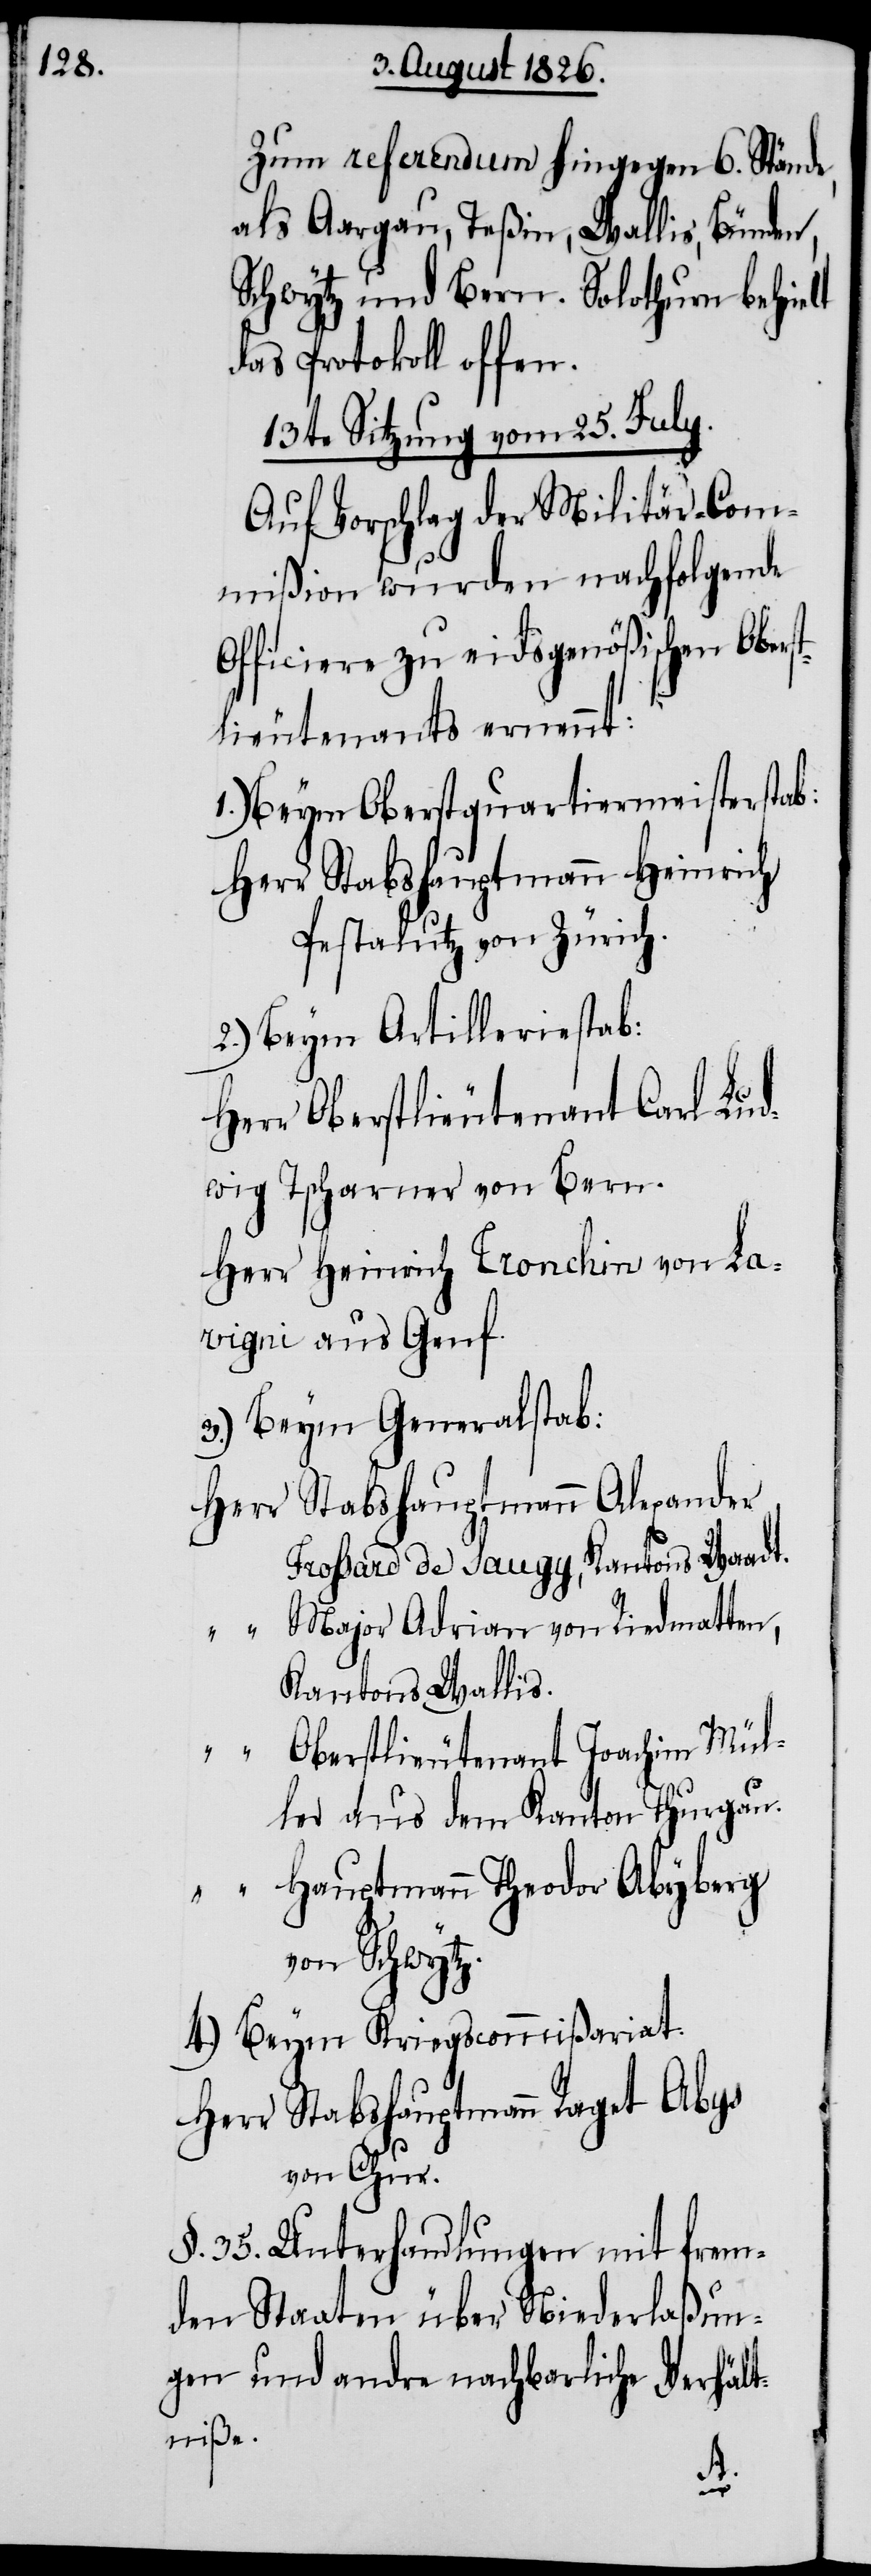
Zum referendum hingegen 6. Stände,
als Aargau, Teßin, Wallis, Bünden,
Schwytz und Bern. Solothurn behielt
das Protokoll offen.
13te Sitzung vom 25. July.
Auf Vorschlag der Militär-Com¬
mißion wurden nachfolgende
Officiere zu eidgenößischen Ober¬
lieutenants ernennt:
1.) Beym Oberstquartiermeisterstab:
Herr Stabshauptmann Heinrich
Pestalutz von Zürich.
2.) Beym Artilleriestab:
Herr Oberstlieutenant Carl Lud¬
wig Tscharner von Bern.
Herr Heinrich Cronchin von La¬
vigni aus Genf.
3.) Beym Generalstab:
Herr 	Stabshauptmann Alexander
Frossard de Saugy, Kantons Waadt.
Major Adrian von Riedmatten,
Kantons Wallis.
Oberstlieutenant Joachim Mül¬
ler aus dem Kanton Thurgau.
Hauptmann Theodor Abyberg
von Schwytz.
4.) Beym Kriegscommißariat:
Herr Stabshauptmann Raget Abys
von Chur.
§. 35. Unterhandlungen mit frem¬
den Staaten über Niederlaßun¬
gen und andre nachbarliche Verhält¬
niße.
st¬